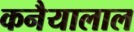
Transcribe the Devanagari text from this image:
कनैयालाल